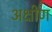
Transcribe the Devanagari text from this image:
अक्षीण